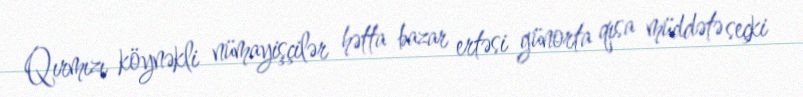
Qırmızı köynəkli nümayişçilər hətta bazar ertəsi günorta qısa müddətə seçki